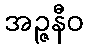
အဉ္ဇနီဝ